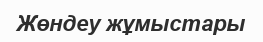
Жөндеу жұмыстары